Leaving Certificate Examination, 1919
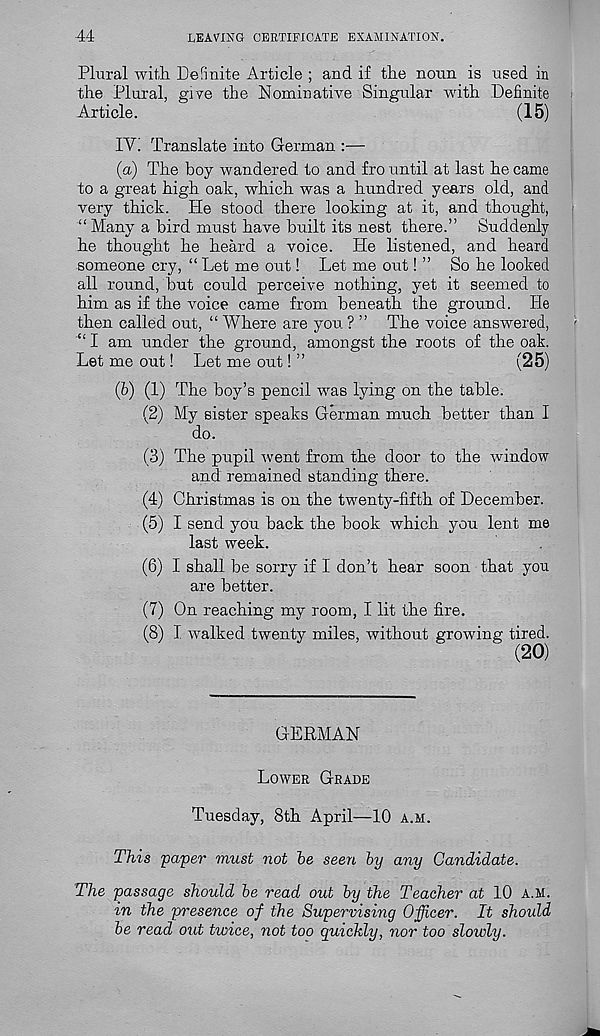
44
LEAVING CERTIFICATE EXAMINATION.
Plural with Definite Article ; and if the noun is used in
the Plural, give the Nominative Singular with Definite
Article.
(15)
IY! Translate into German :—
(a) The boy wandered to and fro until at last he came
to a great high oak, which was a hundred years old, and
very thick. He stood there looking at it, and thought,
“Many a bird must have built its nest there.” Suddenly
he thought he heard a voice. He listened, and heard
someone cry, “ Let me out! Let me out! ” So he looked
all round, but could perceive nothing, yet it seemed to
him as if the voice came from beneath the ground. He
then called out, “ Where are you ? ” The voice answered,
“ I am under the ground, amongst the roots of the oak.
Let me out! Let me out! ”
(25)
(b) (1) The boy’s pencil was lying on the table.
(2) My sister speaks German much better than I
do.
(3) The pupil went from the door to the window
and remained standing there.
(4) Christmas is on the twenty-fifth of December.
(5) I send you back the book which you lent me
last week.
(6) I shall be sorry if I don’t hear soon that you
are better.
(7) On reaching my room, I lit the fire.
(8) I walked twenty miles, without growing tired.
(20)
GERMAN
Lower Grade
Tuesday, 8th April—10 a.m.
This paper must not be seen by any Candidate.
The passage should be read out by the Teacher at 10 a.m.
m the presence of the Supervising Officer. It shoidd
be read out twice, not too quickly, nor too slowly.